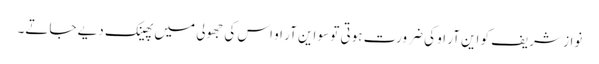
نواز شریف کو این آر او کی ضرورت ہوتی تو سو این آر او اس کی جھولی میں پھینک دیے جاتے۔